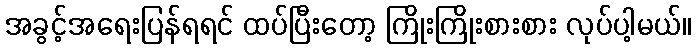
အခွင့်အရေးပြန်ရရင် ထပ်ပြီးတော့ ကြိုးကြိုးစားစား လုပ်ပါ့မယ်။